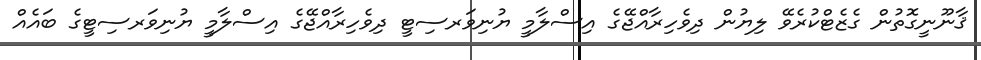
ޤާނޫނީގޮތުން ގެޒެޓްކުރެވޭ ލިޔުން ދިވެހިރާއްޖޭގެ އިސްލާމީ ޔުނިވަރސިޓީ ދިވެހިރާއްޖޭގެ އިސްލާމީ ޔުނިވަރސިޓީގެ ބައެއް